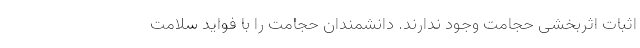
اثبات اثربخشی حجامت وجود ندارند. دانشمندان حجامت را با فواید سلامت